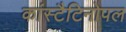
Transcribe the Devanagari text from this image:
कांस्टैटिनोपल